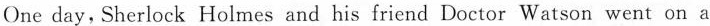
One day,Sherlock Holmes and his friend Doctor Watson went on a